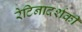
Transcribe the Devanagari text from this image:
रेटिनादर्शकी